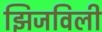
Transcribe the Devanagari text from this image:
झिजविली